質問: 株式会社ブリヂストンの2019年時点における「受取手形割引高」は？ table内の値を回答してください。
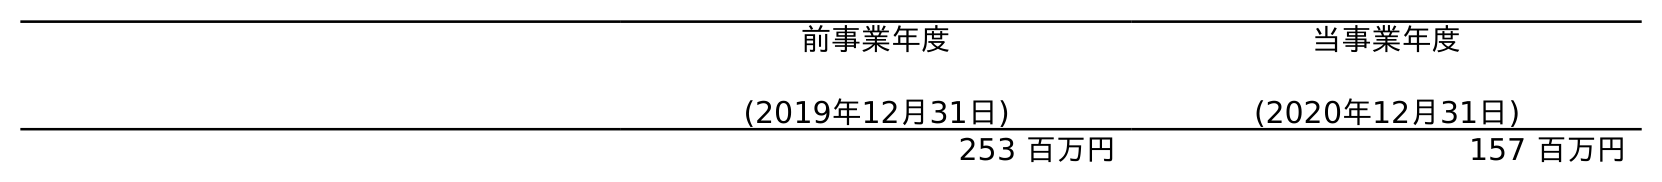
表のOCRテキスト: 前事業年度 (2019年12月31日) 当事業年度 (2020年12月31日) 253 百万円 157 百万円
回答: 253百万円